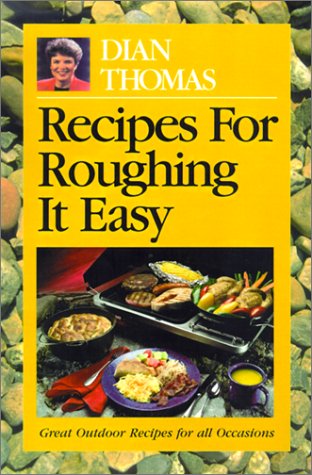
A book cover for Recipes for Roughing It Easy; Dian Thomas; Cookbooks, Food & Wine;